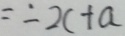
= - 2 c + a